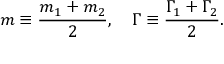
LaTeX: m \equiv { \frac { m _ { 1 } + m _ { 2 } } { 2 } } , \ \ \ \Gamma \equiv { \frac { \Gamma _ { 1 } + \Gamma _ { 2 } } { 2 } } .